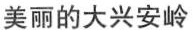
美丽的大兴安岭